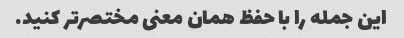
این جمله را با حفظ همان معنی مختصرتر کنید.